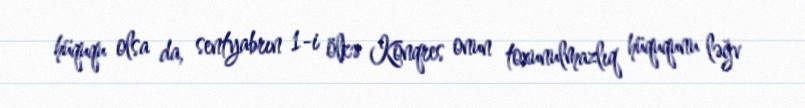
hüququ olsa da, sentyabrın 1-i ölkə Konqres onun toxunulmazlıq hüququnu ləğv